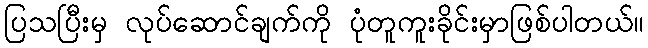
ပြသပြီးမှ လုပ်ဆောင်ချက်ကို ပုံတူကူးခိုင်းမှာဖြစ်ပါတယ်။